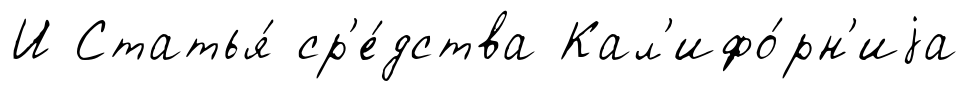
И Статья́ ср'е́дства Кал'ифо́рн'иjа